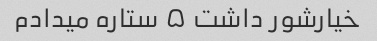
خیارشور داشت ۵ ستاره میدادم